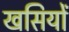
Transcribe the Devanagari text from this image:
खसियों